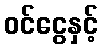
ဝင်ငွေနှင့်